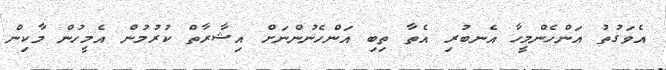
އެވަގުތު އަންހެންމީހާ އެނބުރި އެތާ ތިބި އަންހެނުންނަށް އިޝާރާތް ކުރުމުން އެމީހުން މާކިން